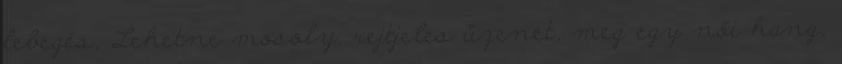
lebegés, Lehetne mosoly, rejtjeles üzenet, meg egy női hang,